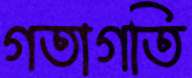
গতাগতি